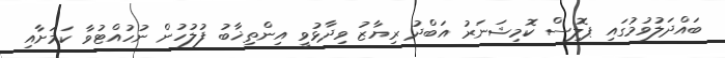
ބައްދަލުވުމުގައި ޕޮލިސް ކޮމިޝަނަރު އަބްދު ރިޔާޒު ވިދާޅުވީ އިންތިޚާބު ފުލުހުން ނުހުއްޓުވާ ކަމަށާއި